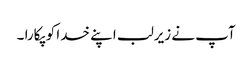
آپ نے زیرلب اپنے خدا کو پکارا ۔